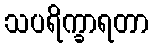
သပရိက္ခာရတာ